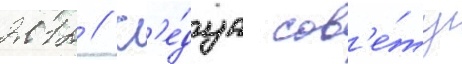
2012 // Сл'е́дуа сов'е́ту